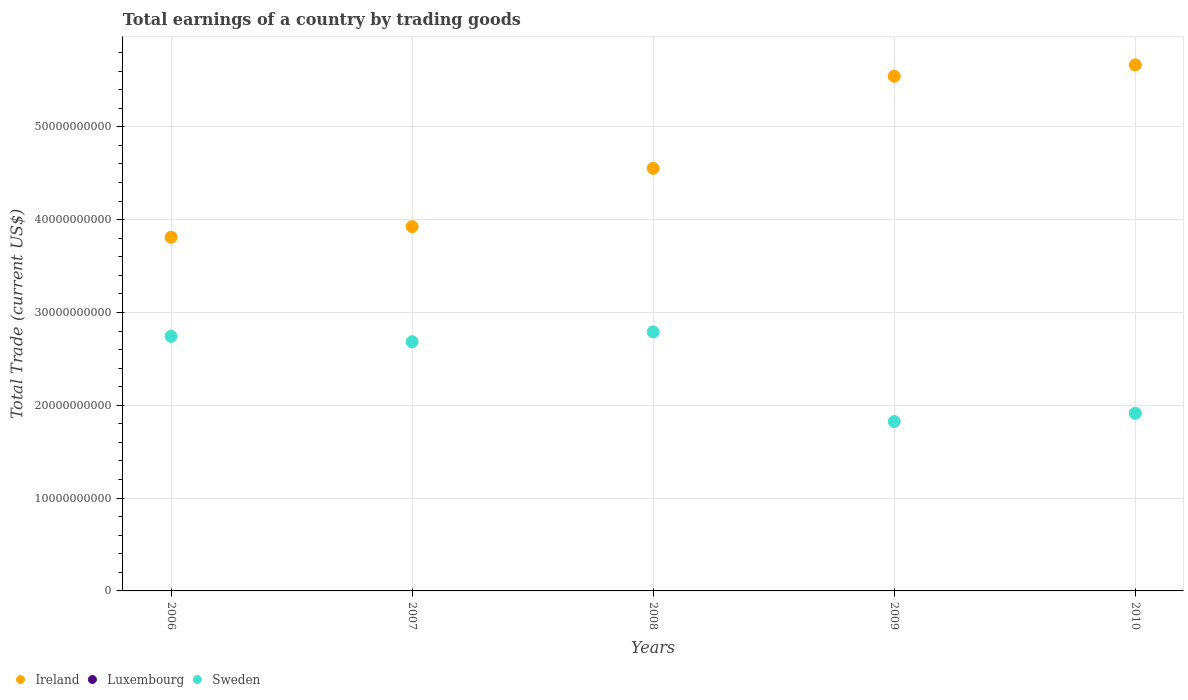
| Years | Ireland | Luxembourg | Sweden |
 | --- | --- | --- | --- |
 | 2006 | 3.81e+10 | -3.69e+09 | 2.74e+10 |
 | 2007 | 3.92e+10 | -3.74e+09 | 2.68e+10 |
 | 2008 | 4.55e+10 | -4.35e+09 | 2.79e+10 |
 | 2009 | 5.54e+10 | -2.19e+09 | 1.82e+10 |
 | 2010 | 5.67e+10 | -2.03e+09 | 1.91e+10 |